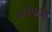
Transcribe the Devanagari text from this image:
वर्चस्‌द्वार